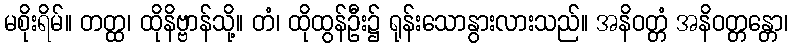
မစိုးရိမ်။ တတ္ထ၊ ထိုနိဗ္ဗာန်သို့။ တံ၊ ထိုထွန်ဦး၌ ရုန်းသောနွားလားသည်။ အနိဝတ္တံ အနိဝတ္တန္တော၊